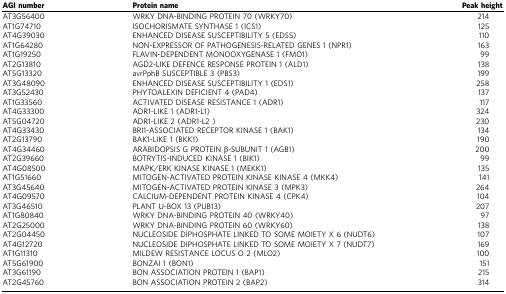
<table><thead><tr><td><b>AGI number</b></td><td><b>Protein name</b></td><td><b>Peak height</b></td></tr></thead><tbody><tr><td>AT3G56400</td><td>WRKY DNA-BINDING PROTEIN 70 (WRKY70)</td><td>214</td></tr><tr><td>AT1G74710</td><td>ISOCHORISMATE SYNTHASE 1 (ICS1)</td><td>125</td></tr><tr><td>AT4G39030</td><td>ENHANCED DISEASE SUSCEPTIBILITY 5 (EDS5)</td><td>110</td></tr><tr><td>AT1G64280</td><td>NON-EXPRESSOR OF PATHOGENESIS-RELATED GENES 1 (NPR1)</td><td>163</td></tr><tr><td>AT1G19250</td><td>FLAVIN-DEPENDENT MONOOXYGENASE 1 (FMO1)</td><td>99</td></tr><tr><td>AT2G13810</td><td>AGD2-LIKE DEFENCE RESPONSE PROTEIN 1 (ALD1)</td><td>138</td></tr><tr><td>AT5G13320</td><td>avrPphB SUSCEPTIBLE 3 (PBS3)</td><td>199</td></tr><tr><td>AT3G48090</td><td>ENHANCED DISEASE SUSCEPTIBILITY 1 (EDS1)</td><td>258</td></tr><tr><td>AT3G52430</td><td>PHYTOALEXIN DEFICIENT 4 (PAD4)</td><td>137</td></tr><tr><td>AT1G33560</td><td>ACTIVATED DISEASE RESISTANCE 1 (ADR1)</td><td>117</td></tr><tr><td>AT4G33300</td><td>ADR1-LIKE 1 (ADR1-L1)</td><td>324</td></tr><tr><td>AT5G04720</td><td>ADR1-LIKE 2 (ADR1-L2)</td><td>230</td></tr><tr><td>AT4G33430</td><td>BRI1-ASSOCIATED RECEPTOR KINASE 1 (BAK1)</td><td>134</td></tr><tr><td>AT2G13790</td><td>BAK1-LIKE 1 (BKK1)</td><td>190</td></tr><tr><td>AT4G34460</td><td>ARABIDOPSIS G PROTEIN β-SUBUNIT 1 (AGB1)</td><td>200</td></tr><tr><td>AT2G39660</td><td>BOTRYTIS-INDUCED KINASE 1 (BIK1)</td><td>99</td></tr><tr><td>AT4G08500</td><td>MAPK/ERK KINASE KINASE 1 (MEKK1)</td><td>135</td></tr><tr><td>AT1G51660</td><td>MITOGEN-ACTIVATED PROTEIN KINASE KINASE 4 (MKK4)</td><td>141</td></tr><tr><td>AT3G45640</td><td>MITOGEN-ACTIVATED PROTEIN KINASE 3 (MPK3)</td><td>264</td></tr><tr><td>AT4G09570</td><td>CALCIUM-DEPENDENT PROTEIN KINASE 4 (CPK4)</td><td>104</td></tr><tr><td>AT3G46510</td><td>PLANT U-BOX 13 (PUB13)</td><td>207</td></tr><tr><td>AT1G80840</td><td>WRKY DNA-BINDING PROTEIN 40 (WRKY40)</td><td>97</td></tr><tr><td>AT2G25000</td><td>WRKY DNA-BINDING PROTEIN 60 (WRKY60)</td><td>138</td></tr><tr><td>AT2G04450</td><td>NUCLEOSIDE DIPHOSPHATE LINKED TO SOME MOIETY X 6 (NUDT6)</td><td>107</td></tr><tr><td>AT4G12720</td><td>NUCLEOSIDE DIPHOSPHATE LINKED TO SOME MOIETY X 7 (NUDT7)</td><td>169</td></tr><tr><td>AT1G11310</td><td>MILDEW RESISTANCE LOCUS O 2 (MLO2)</td><td>100</td></tr><tr><td>AT5G61900</td><td>BONZAI 1 (BON1)</td><td>151</td></tr><tr><td>AT3G61190</td><td>BON ASSOCIATION PROTEIN 1 (BAP1)</td><td>215</td></tr><tr><td>AT2G45760</td><td>BON ASSOCIATION PROTEIN 2 (BAP2)</td><td>314</td></tr></tbody></table>